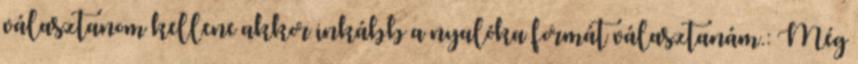
választanom kellene akkor inkább a nyalóka formát választanám.: Még